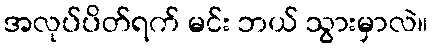
အလုပ်ပိတ်ရက် မင်း ဘယ် သွားမှာလဲ။